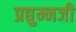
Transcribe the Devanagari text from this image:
प्रद्युम्नजी